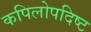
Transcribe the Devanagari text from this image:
कपिलोपदिष्ट